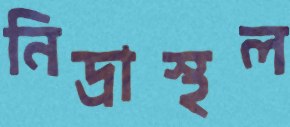
নিদ্রাস্থল